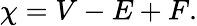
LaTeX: \chi=V-E+F.